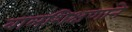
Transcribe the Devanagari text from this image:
बालशिक्षणाने